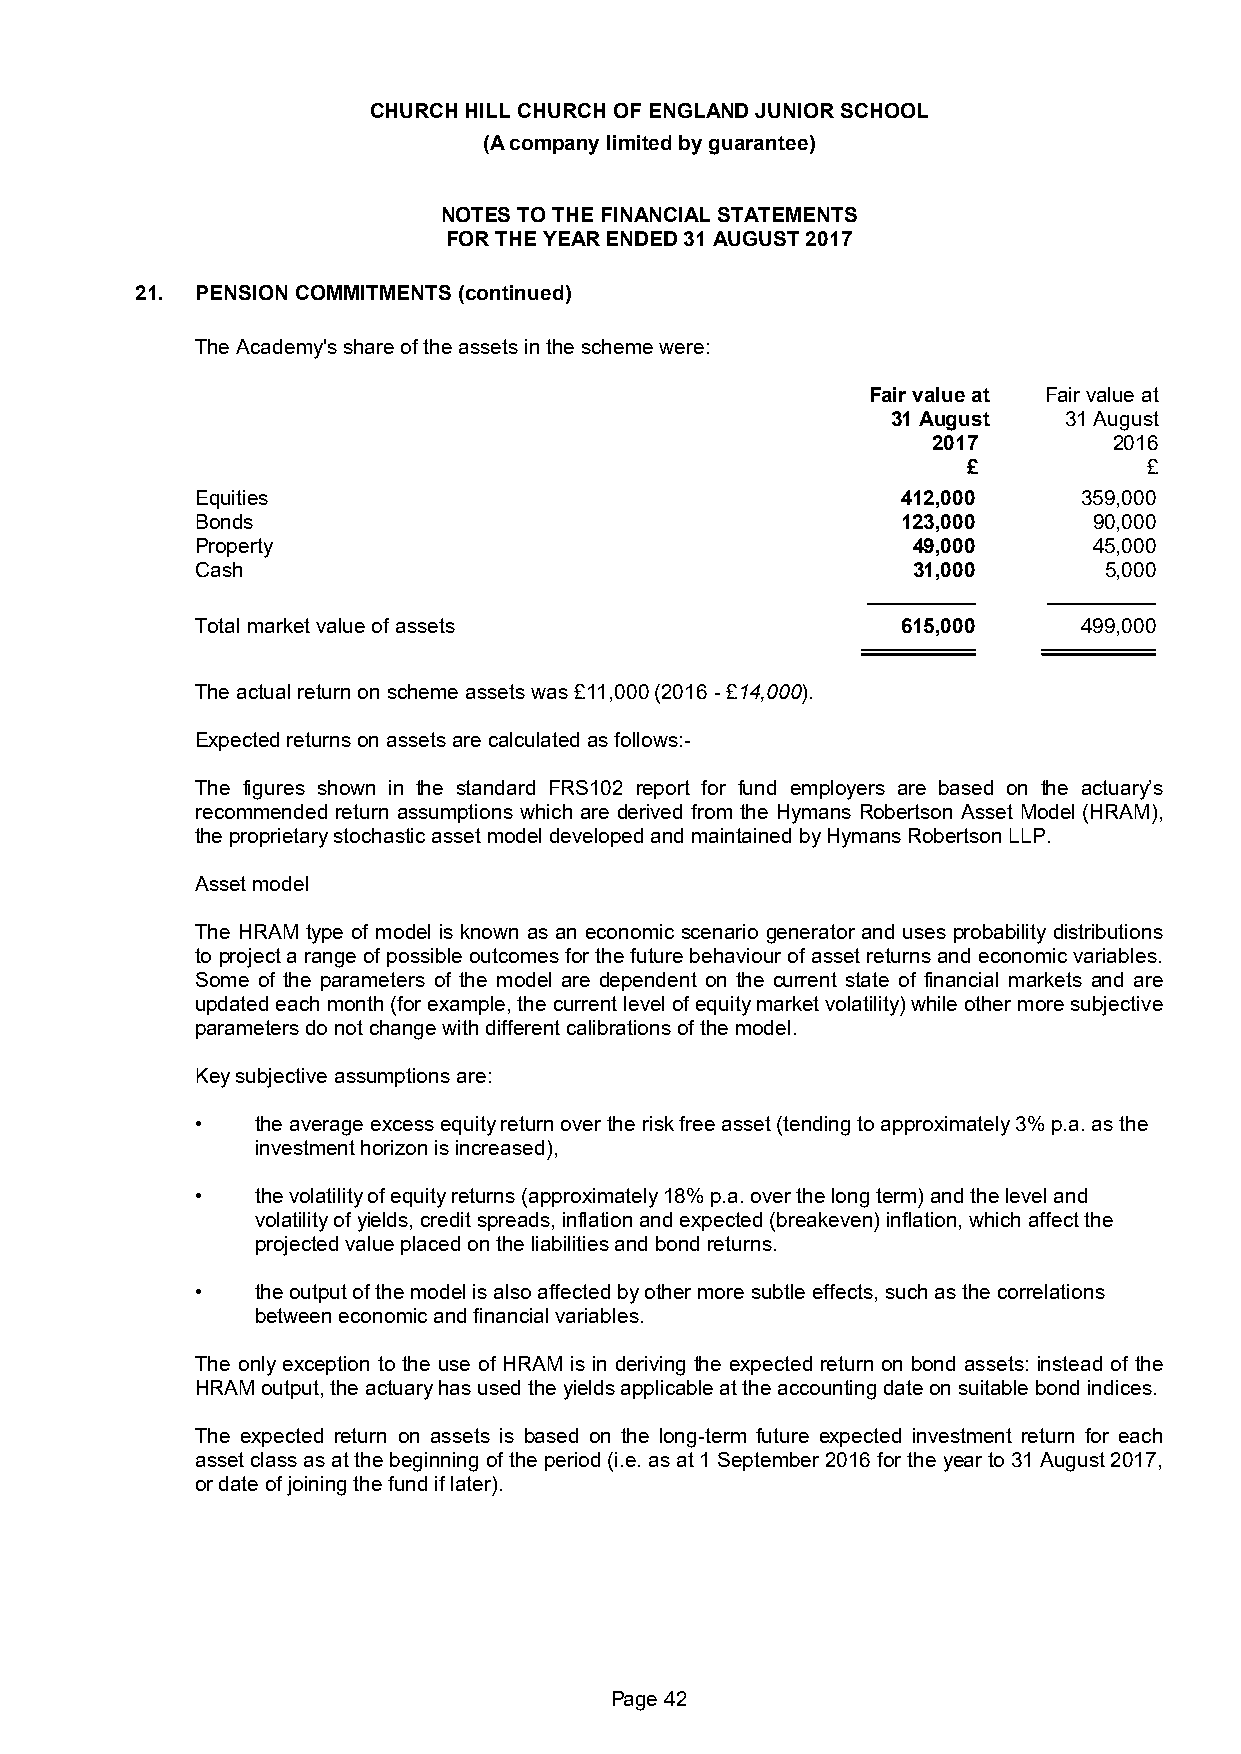
CHURCH HILL CHURCH OF ENGLAND JUNIOR SCHOOL
 (A company limited by guarantee)
 NOTES TO THE FINANCIAL STATEMENTS
 FOR THE YEAR ENDED 31 AUGUST 2017
 21. PENSION COMMITMENTS (continued)
 The Academy's share of the assets in the scheme were:
 Fair value at Fair value at
 31 August  31 August
 2017        2016
 £           £
 Equities                                       412,000     359,000
 Bonds                                          123,000     90,000
 Property                                       49,000      45,000
 Cash                                           31,000       5,000
 Total market value of assets                   615,000     499,000
 The actual return on scheme assets was £11,000 (2016 - £14,000).
 Expected returns on assets are calculated as follows:-
 The figures shown in the standard FRS102 report for fund employers are based on the actuary’s
 recommended return assumptions which are derived from the Hymans Robertson Asset Model (HRAM),
 the proprietary stochastic asset model developed and maintained by Hymans Robertson LLP.
 Asset model
 The HRAM type of model is known as an economic scenario generator and uses probability distributions
 to project a range of possible outcomes for the future behaviour of asset returns and economic variables.
 Some of the parameters of the model are dependent on the current state of financial markets and are
 updated each month (for example, the current level of equity market volatility) while other more subjective
 parameters do not change with different calibrations of the model.
 Key subjective assumptions are:
 •   the average excess equity return over the risk free asset (tending to approximately 3% p.a. as the
 investment horizon is increased),
 •   the volatility of equity returns (approximately 18% p.a. over the long term) and the level and
 volatility of yields, credit spreads, inflation and expected (breakeven) inflation, which affect the
 projected value placed on the liabilities and bond returns.
 •   the output of the model is also affected by other more subtle effects, such as the correlations
 between economic and financial variables.
 The only exception to the use of HRAM is in deriving the expected return on bond assets: instead of the
 HRAM output, the actuary has used the yields applicable at the accounting date on suitable bond indices.
 The expected return on assets is based on the long-term future expected investment return for each
 asset class as at the beginning of the period (i.e. as at 1 September 2016 for the year to 31 August 2017,
 or date of joining the fund if later).
 Page 42